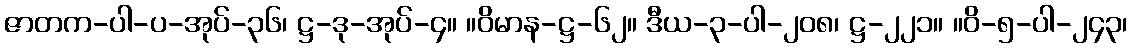
ဇာတက-ပါ-ပ-အုပ်-၃၆၊ ဋ္ဌ-ဒု-အုပ်-၄။ ။ဝိမာန-ဋ္ဌ-၆၂။ ဒီယ-၃-ပါ-၂၀၈၊ ဋ္ဌ-၂၂၁။ ။ဝိ-၅-ပါ-၂၄၃၊